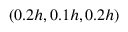
( 0 . 2 h , 0 . 1 h , 0 . 2 h )